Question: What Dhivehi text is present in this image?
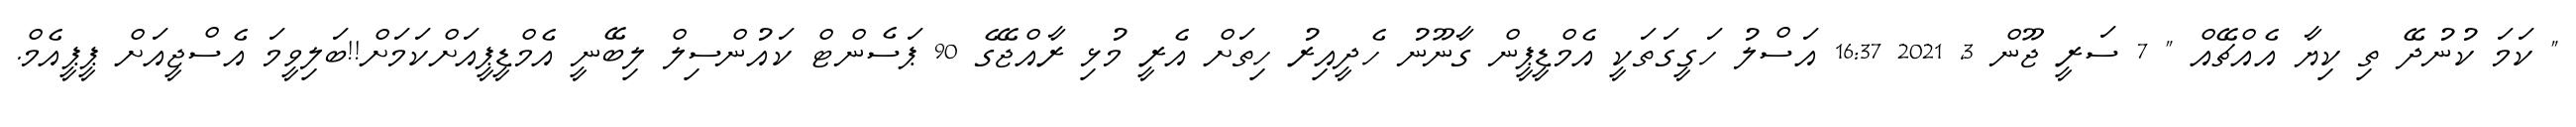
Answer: " ކަމަ ކުނުދޭ ތި ކިޔާ އެއްޗޭއް " 7 ސަރީ ޖޫން 3, 2021 16:37 އަސްލު ހަގީގަތަކީ އެމްޑީޕީން ގާނޫނު ހެދީއިރު ހިތަށް އެރީ މުޅި ރާއްޖޭގެ 90 ޕަސެންޓް ކައުންސިލް ލިބޭނީ އެމްޑީޕީއަށްކަމަށް!!ބަލިވީމަ އެސްޖީއަށް ޕީޕީއެމް.